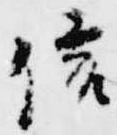
信